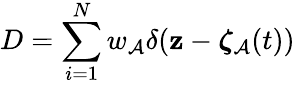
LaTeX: D=\sum_{i=1}^{N}w_{\mathcal{A}}\delta({\mathbf{{z}}}-{\boldsymbol{\zeta}}_{\mathcal{A}}(t))